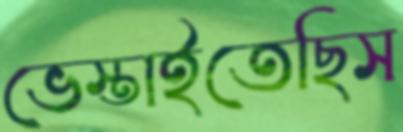
ভেস্তাইতেছিস